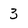
Character: 3